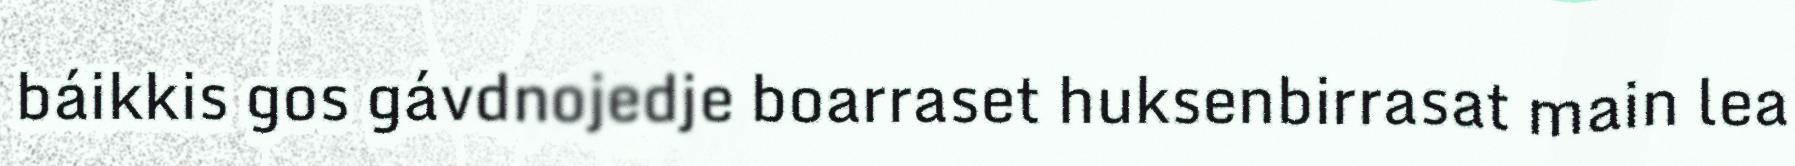
báikkis gos gávdnojedje boarraset huksenbirrasat main lea